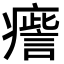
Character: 𤺒